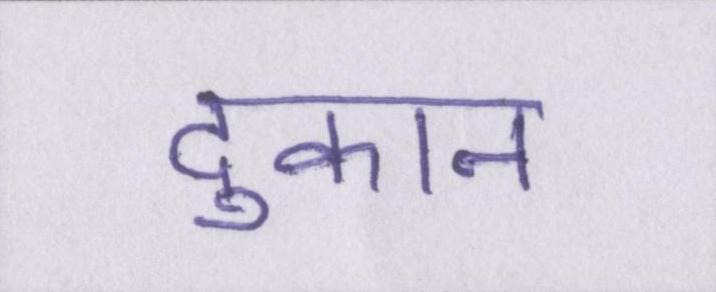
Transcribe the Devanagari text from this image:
दुकान